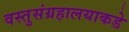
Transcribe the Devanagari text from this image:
वस्तुसंग्रहालयाकडे